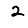
Digit: 2